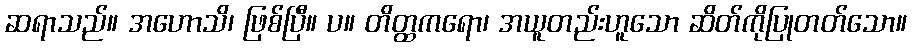
ဆရာသည်။ အဟောသိ၊ ဖြစ်ပြီ။ ပ။ တိတ္ထကရော၊ အယူတည်းဟူသော ဆိတ်ကိုပြုတတ်သော။